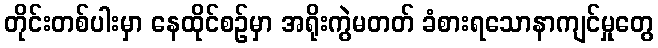
တိုင်းတစ်ပါးမှာ နေထိုင်စဉ်မှာ အရိုးကွဲမတတ် ခံစားရသောနာကျင်မှုတွေ